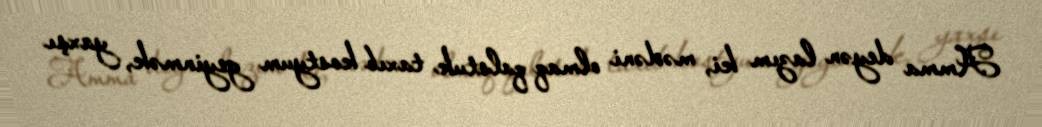
Amma deyən lazım ki, mədəni olmaq qalstuk taxıb kostyum geyinmək, yaxşı